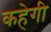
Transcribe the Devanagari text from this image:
कहेगी